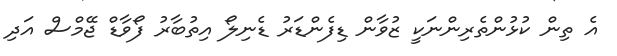
އެ ތިން ކުޅުންތެރިންނަކީ ޒުވާން ޑިފެންޑަރު ޑެނިލޯ އިތުބާރު ފޯވާޑް ޖޭމްސް އަދި